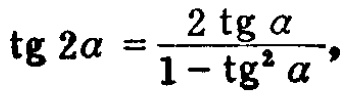
\(\text{tg }2\alpha = \frac{2\text{ tg }\alpha}{1 - \text{tg }^{2}\alpha},\)